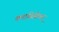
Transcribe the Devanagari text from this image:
क्लासिसिज्म़